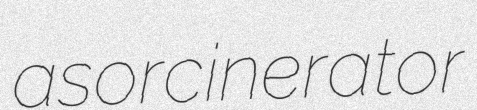
asor cinerator